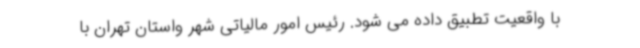
با واقعیت تطبیق داده می شود. رئیس امور مالیاتی شهر واستان تهران با